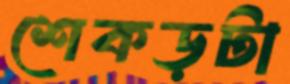
শেকড়টা